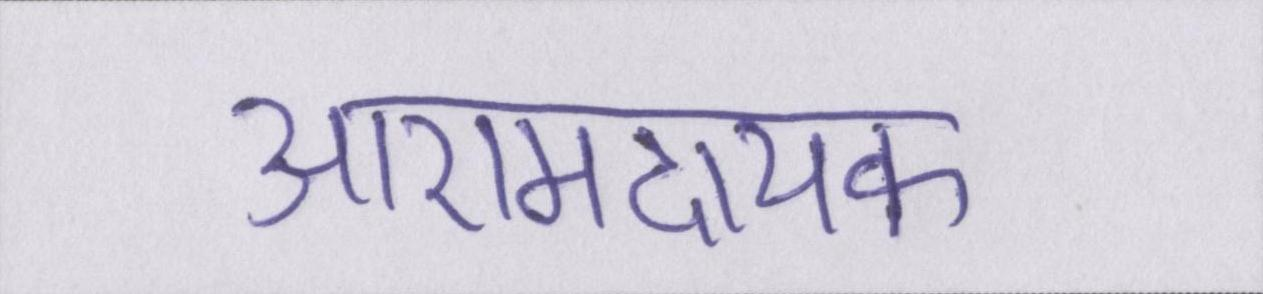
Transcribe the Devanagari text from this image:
आरामदायक